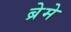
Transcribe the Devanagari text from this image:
ब्रेमे